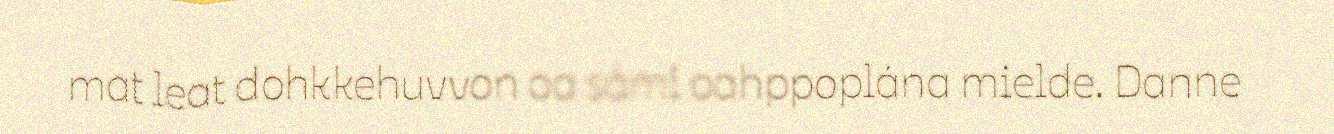
mat leat dohkkehuvvon oa sámi oahppoplána mielde. Danne